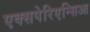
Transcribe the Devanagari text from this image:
एक्सपेरिएन्सिआ